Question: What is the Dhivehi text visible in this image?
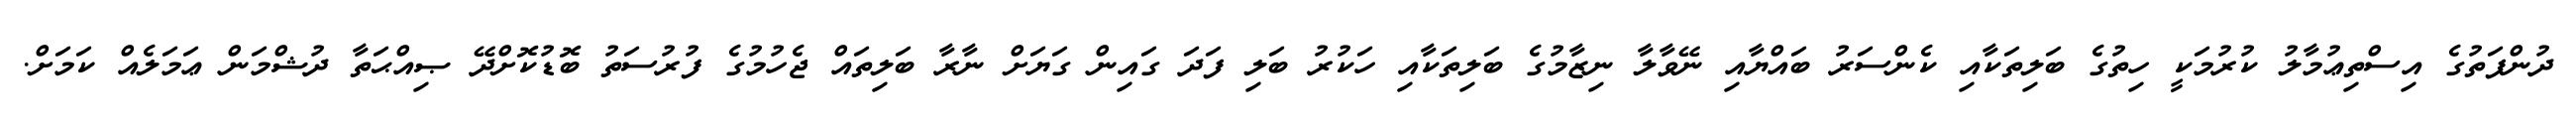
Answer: ދުންފަތުގެ އިސްތިޢުމާލު ކުރުމަކީ ހިތުގެ ބަލިތަކާއި ކެންސަރު ބައްޔާއި ނޭވާލާ ނިޒާމުގެ ބަލިތަކާއި ހަކުރު ބަލި ފަދަ ގައިން ގަޔަށް ނާރާ ބަލިތައް ޖެހުމުގެ ފުރުސަތު ބޮޑުކޮށްދޭ ޞިއްޙަތާ ދުޝްމަން ޢަމަލެއް ކަމަށް.